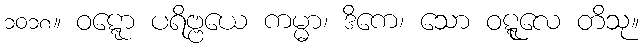
၁၀၁၈။ ဝဋ္ဋော ပရိဗ္ဗယေ ကမ္မာ၊ ဒိကေ၊ သော ဝဋ္ဋုလေ တိသု။